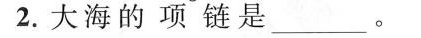
2. 大海的项链是____ 。